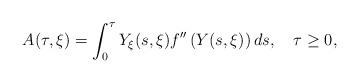
LaTeX: \begin{align*}A (\tau, \xi ) = \int _0 ^\tau Y_\xi (s,\xi ) f''\left( Y(s,\xi )\right) ds,\ \ \ \tau \geq 0, \end{align*}